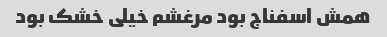
همش اسفناج بود مرغشم خیلی خشک بود